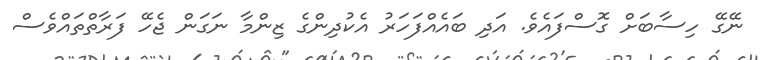
ނޭގޭ ހިސާބަށް ގޮސްފައެވެ. އަދި ބައެއްފަހަރު އެކުދިންގެ ޒިންމާ ނަގަން ޖެހޭ ފަރާތްތައްވެސް